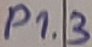
Text: P1.3